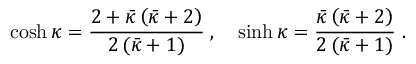
\cosh \kappa = \frac { 2 + \bar { \kappa } \left( \bar { \kappa } + 2 \right) } { 2 \left( \bar { \kappa } + 1 \right) } \; , \quad \sinh \kappa = \frac { \bar { \kappa } \left( \bar { \kappa } + 2 \right) } { 2 \left( \bar { \kappa } + 1 \right) } \; .